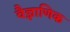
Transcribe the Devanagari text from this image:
वैज्ञाणिक